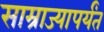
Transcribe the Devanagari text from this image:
साम्राज्यापर्यंत